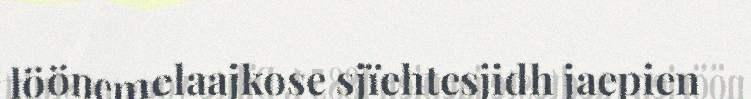
löönemelaajkose sjïehtesjidh jaepien